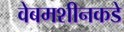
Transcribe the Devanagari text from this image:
वेबमशीनकडे